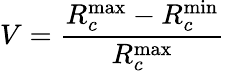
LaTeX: V=\frac{R_{c}^{\mathrm{max}}-R_{c}^{\mathrm{min}}}{R_{c}^{\mathrm{max}}}